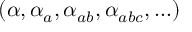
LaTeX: ( \alpha , \alpha _ { a } , \alpha _ { a b } , \alpha _ { a b c } , \ldots )